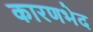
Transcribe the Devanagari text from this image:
कारणभेद